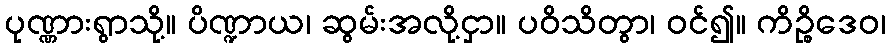
ပုဏ္ဏားရွာသို့။ ပိဏ္ဍာယ၊ ဆွမ်းအလို့ငှာ။ ပဝိသိတွာ၊ ဝင်၍။ ကိဉ္စိဒေဝ၊